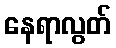
နေရာလွတ်